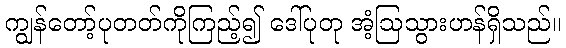
ကျွန်တော့်ပုတတ်ကိုကြည့်၍ ဒေါ်ပုတု အံ့ဩသွားဟန်ရှိသည်။